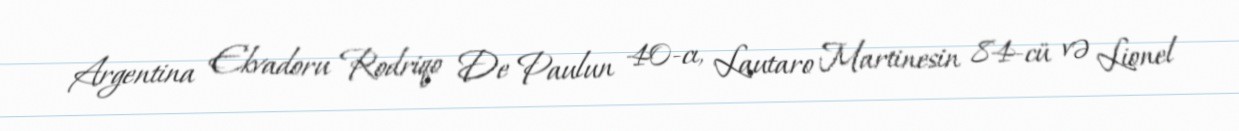
Argentina Ekvadoru Rodriqo De Paulun 40-cı, Lautaro Martinesin 84-cü və Lionel